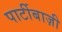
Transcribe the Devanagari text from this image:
पार्टीबाज़ी